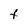
Character: t